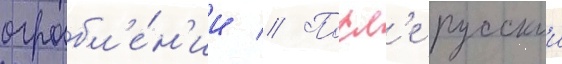
ограбл'е́н'ии // Посл'е русскои